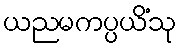
ယညမကပ္ပယိံသု